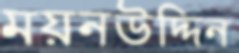
ময়নউদ্দিন